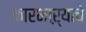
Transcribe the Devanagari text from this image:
कारभाऱ्याचे